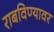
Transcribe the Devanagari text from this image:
राबविण्यावर